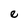
Character: e